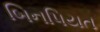
બિનપિયત